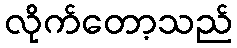
လိုက်တော့သည်